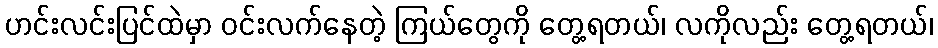
ဟင်းလင်းပြင်ထဲမှာ ဝင်းလက်နေတဲ့ ကြယ်တွေကို တွေ့ရတယ်၊ လကိုလည်း တွေ့ရတယ်၊